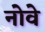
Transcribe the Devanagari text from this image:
नोवे